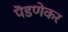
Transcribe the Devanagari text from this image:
पॆडणेकर